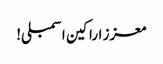
معزز اراکین اسمبلی!